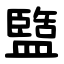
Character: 盬